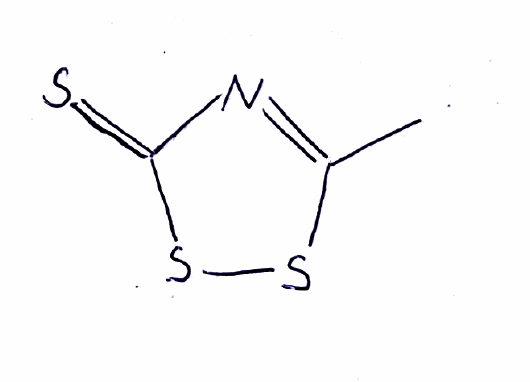
Simplified molecular-input line-entry system (SMILES) notation of the given molecule:
CC1=NC(=S)SS1